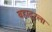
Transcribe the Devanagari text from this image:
बहादूरला